Virumaa_algkoolid, lk 67
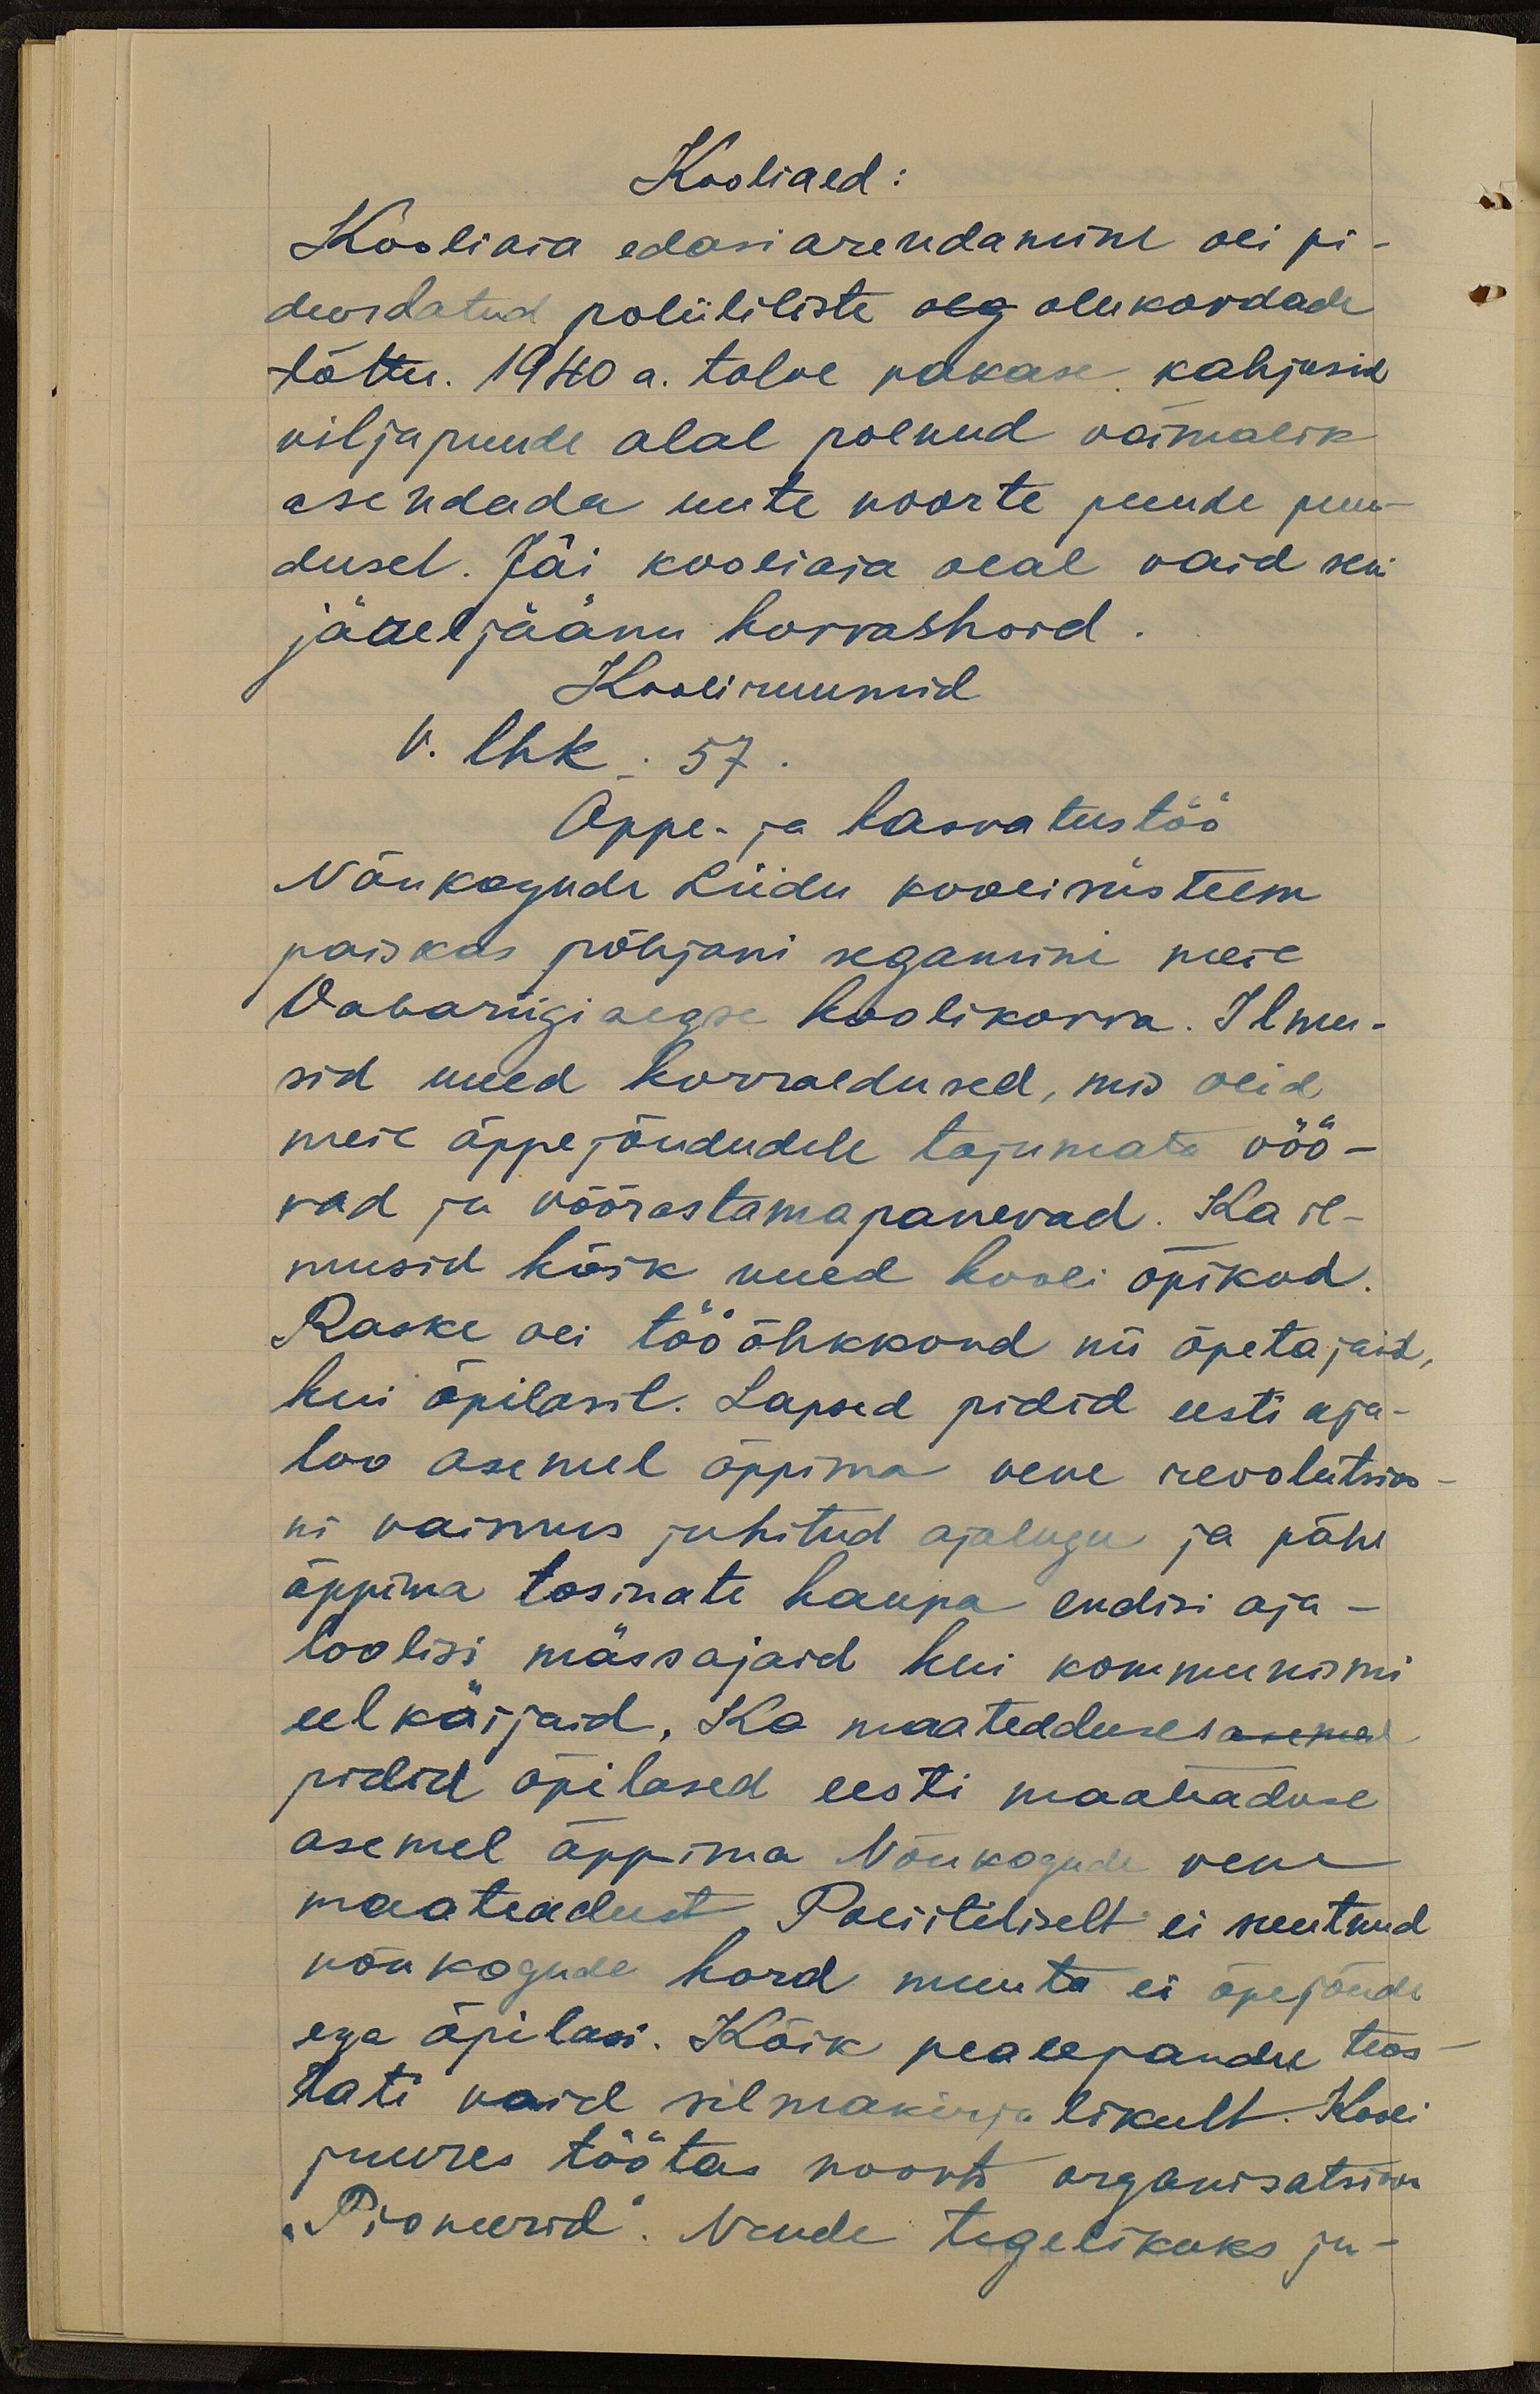
Kooliaed:
Kooliaia edasiarendamine oli pi-
durdatud poliitiliste aeg olukordade
tõttu. 1940 a. talve pakase kahjusid
viljapuude alal polnud võimalik
asendada uute noorte puude puu-
dusel. Jäi kooliaia alal vaid seni
järeljäänu korrashoid.
Kooli ruumid
V. lhk. 57.
Õppe- ja kasvatustöö
Nõukogude Liidu koolisüsteem
paiskas põhjani segamine meie
Vabariigiaegse koolikorra. Ilmu-
sid uued korraldusel, mis olid
meie õppejõududele tajumata vöö-
rad ja võõrastamapanevad. Ka il-
musid kõik uued kooli õpikud.
Raske oli töö õhkkond nii õpetajail,
kui õpilasil. Lapsed pidid eesti aja-
loo asemel õppima vene revolutsioo-
ni vaimus juhitud ajalugu ja pähe
õppima tosinate kaupa endisi aja-
loolisi mässajaid kui kommunismi
eelkäijaid. Ka maateaduses asemel
pidid õpilased eesti maateaduse
asemel õppima Nõukogude vene
maateadust. Poliitiliselt ei suutnud
nõukogude kord muuta ei õpejõudu
ega õpilasi. Kõik pealepandu teos
tati vaid silmakirjalikult. Kooli
juures töötas noorte organisatsioon
"Pioneerid". Nende tegelikuks ju-